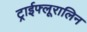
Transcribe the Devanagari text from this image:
ट्राईफ्लूरालिन